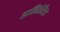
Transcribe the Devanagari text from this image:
हालिहोटिस।